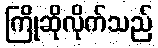
ကြိုဆိုလိုက်သည်